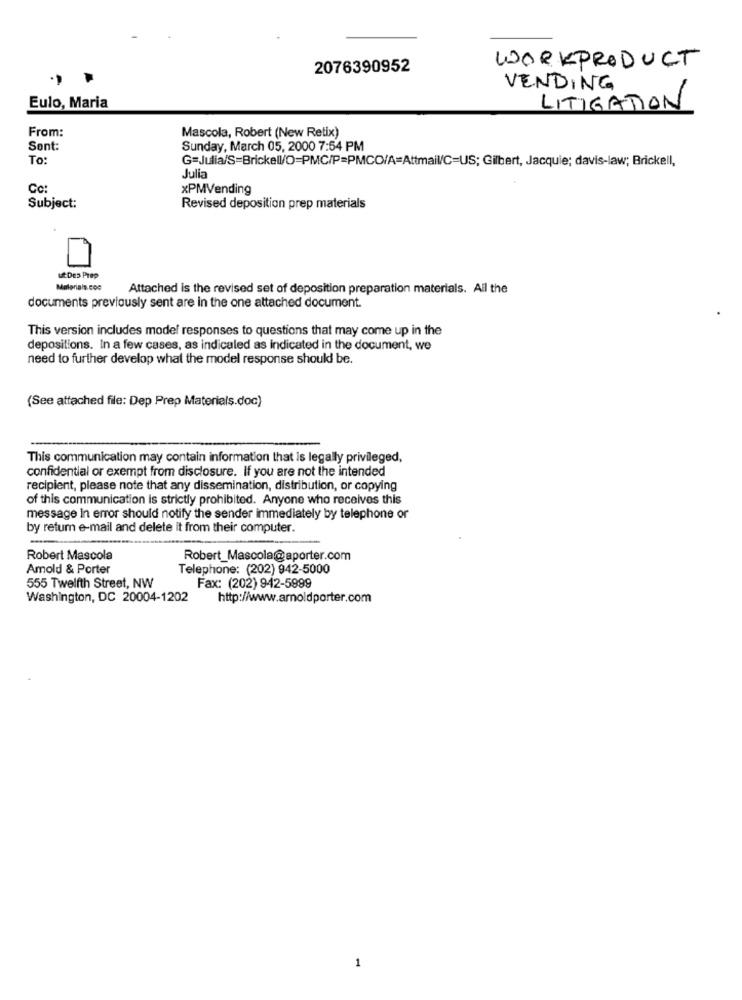
WORKPRODUCT
2076390952
VENDING
Eulo, Maria
LITIGATION
From:
Mascola, Robert (New Retix)
Sent:
Sunday, March 05, 2000 7:54 PM
To:
G=Julia/S=Brickell/O=PMC/P=PMCO/A=Attmail/C=US; Gilbert, Jacquie; davis-law; Brickell,
Julia
Cc:
xPMVending
Subject:
Revised deposition prep materials
ut Des Prep
Malaria's.coc
Attached is the revised set of deposition preparation materials. All the
documents previously sent are in the one attached document.
This version includes model responses to questions that may come up in the
depositions. In a few cases, as indicaled as indicated in the document, we
need to further develop what the model response should be.
(See attached file: Dep Prep Materials.doc)
This communication may contain information that is legally privileged,
confidential or exempt from disclosure. If you are not the intended
recipient, please note that any dissemination, distribution, or copying
of this communication is strictly prohibited. Anyone who receives this
message in error should notify the sender immediately by telephone or
by return e-mail and delete it from their computer.
Robert Mascola
Robert_Mascola@aporter.com
Amold & Porter
Telephone: (202) 942-5000
555 Twelfth Street, NW
Fax: (202) 942-5899
Washington, DC 20004-1202
http://www.arnoldporter.com
1